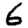
Digit: 6